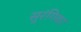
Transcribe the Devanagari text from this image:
सुरंगिका